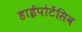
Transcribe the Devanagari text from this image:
हाईपोटेंसिव